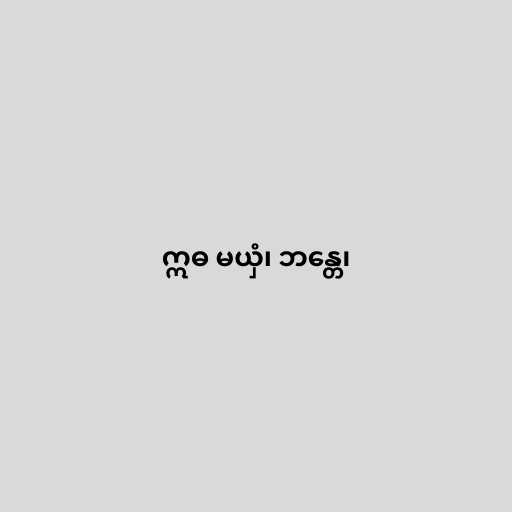
ဣဓ မယှံ၊ ဘန္တေ၊